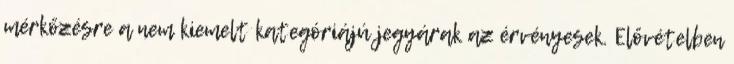
mérkőzésre a nem kiemelt kategóriájú jegyárak az érvényesek. Elővételben